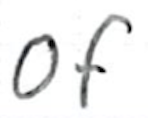
Text: of
Cross-out: clean
Writing tool: ballpoint